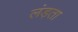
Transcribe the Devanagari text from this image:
लंड़ता